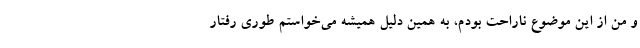
و من از این موضوع ناراحت بودم، به همین دلیل همیشه می‌خواستم طوری رفتار